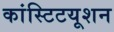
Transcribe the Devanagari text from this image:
कांस्टिटयूशन